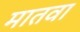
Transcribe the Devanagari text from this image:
मातवा